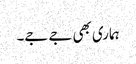
ہماری بھی جے جے۔